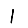
Digit: 1